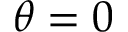
\theta = 0